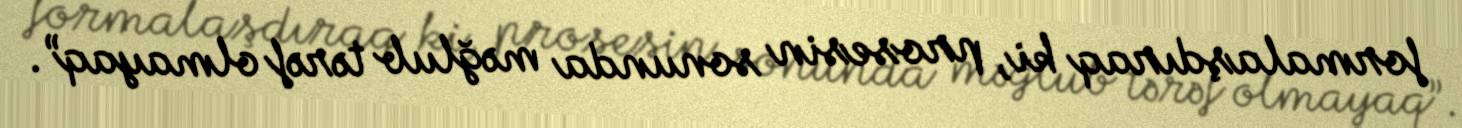
formalaşdıraq ki, prosesin sonunda məğlub tərəf olmayaq”.